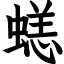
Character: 𧏮